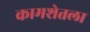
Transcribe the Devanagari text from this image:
कामशेतला